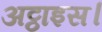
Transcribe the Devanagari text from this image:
अट्ठाइस।